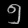
Digit: ၅